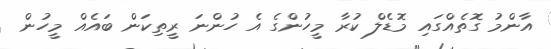
އާންމު ގޮތެއްގައި މޮޑެލް ކުރާ މީހުންގެ އެ ހުންނަ ރީތިކަން ބައެއް މީހުން